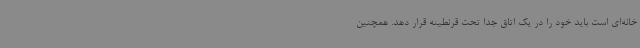
خانه‌ای است باید خود را در یک اتاق جدا تحت قرنطینه قرار دهد. همچنین